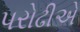
પરોઢીએ